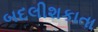
બદલીશકાતા